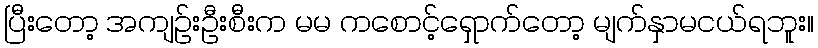
ပြီးတော့ အကျဉ်းဦးစီးက မမ ကစောင့်ရှောက်တော့ မျက်နှာမငယ်ရဘူး။